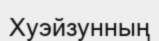
Хуэйзунның